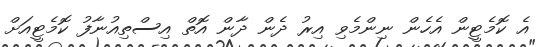
އެ ކޮމެޓީން އެހެން ނިންމެވި އިރު ދެން ދާން އޮތް އިސްތިއުނާފު ކޮމެޓީއަށް